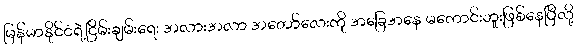
မြန်မာနိုင်ငံရဲ့ငြိမ်းချမ်းရေး အလားအလာ အတော်လေးကို အခြေအနေ မကောင်းဘူးဖြစ်နေပြီလို့